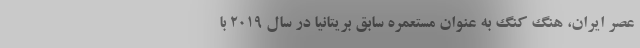
عصر ایران، هنگ کنگ به عنوان مستعمره سابق بریتانیا در سال 2019 با